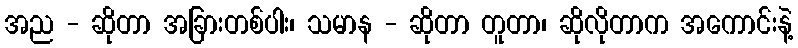
အည - ဆိုတာ အခြားတစ်ပါး၊ သမာန - ဆိုတာ တူတာ၊ ဆိုလိုတာက အကောင်းနဲ့